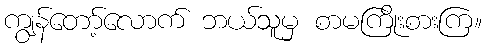
ကျွန်တော့်လောက် ဘယ်သူမှ စာမကြိုးစားကြ။